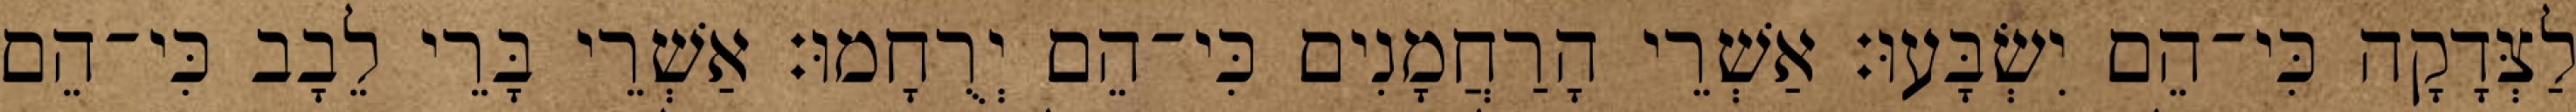
לַצְּדָקָה כִּי־הֵם יִשְׂבָּעוּ׃ אַשְׁרֵי הָרַחֲמָנִים כִּי־הֵם יְרֻחָמוּ׃ אַשְׁרֵי בָּרֵי לֵבָב כִּי־הֵם